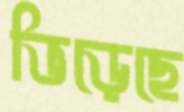
ভিড়েছে